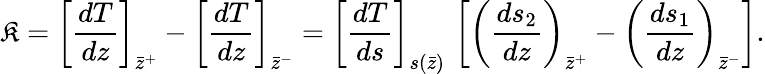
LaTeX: \mathfrak{K}=\left[{\frac{{dT}}{{dz}}}\right]_{\bar{{z}}^{+}}-\left[{\frac{{dT}}{{dz}}}\right]_{\bar{{z}}^{-}}=\left[{\frac{{dT}}{{ds}}}\right]_{s(\bar{{z}})}\, \left[\left({\frac{{ds_{2}}}{{dz}}}\right)_{\bar{{z}}^{+}}-\left({\frac{{ds_{1}}}{{dz}}}\right)_{\bar{{z}}^{-}}\right].